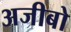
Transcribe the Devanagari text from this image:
अजीबो